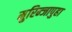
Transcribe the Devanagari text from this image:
मुरिन्जापुहा